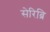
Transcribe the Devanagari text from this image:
सेरिब्रि